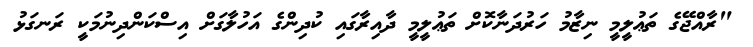
"ރާއްޖޭގެ ތަޢުލީމީ ނިޒާމު ހަރުދަނާކޮށް ތަޢުލީމީ ދާއިރާގައި ކުދިންގެ އަހުލާގަށް އިސްކަންދިނުމަކީ ރަނގަޅު